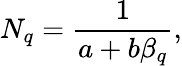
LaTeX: N_{q}=\frac{1}{a+b\beta_{q}},